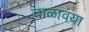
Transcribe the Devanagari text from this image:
चाळावया